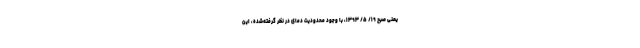
یعنی صبح ۱۹/ ۵/ ۱۳۹۳، با وجود محدودیت دمای در نظر گرفته‌شده، این